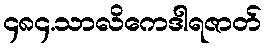
၄၈၄.သာလိကေဒါရဇာတ်